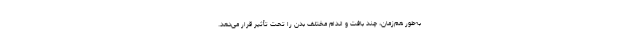
به‌طور هم‌زمان، چند بافت و اندام مختلف بدن را تحت تأثیر قرار می‌دهد.